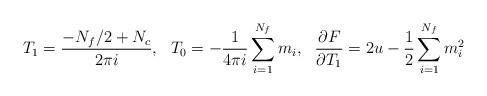
\begin{align*}T_1=\frac{-N_f/2+N_c}{2 \pi i},\ \ T_0=-\frac{1}{4 \pi i}\sum_{i=1}^{N_f} m_i,\ \ \frac{\partial F}{\partial T_1}=2u-\frac{1}{2}\sum_{i=1}^{N_f} m_i^2\end{align*}